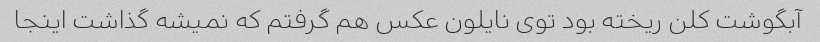
آبگوشت کلن ریخته بود توی نایلون عکس هم گرفتم که نمیشه گذاشت اینجا